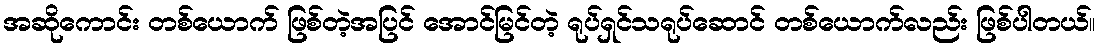
အဆိုကောင်း တစ်ယောက် ဖြစ်တဲ့အပြင် အောင်မြင်တဲ့ ရုပ်ရှင်သရုပ်ဆောင် တစ်ယောက်လည်း ဖြစ်ပါတယ်။